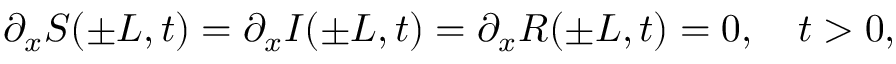
\partial _ { x } S ( \pm L , t ) = \partial _ { x } I ( \pm L , t ) = \partial _ { x } R ( \pm L , t ) = 0 , \quad t > 0 ,